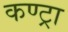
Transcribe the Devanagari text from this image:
कण्ट्रा